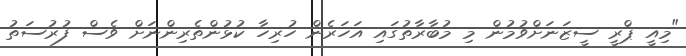
"މިއީ ޕްރީ ސީޒަނަށްވުމުން މި މުބާރާތުގައި އަހަރެން ހުރިހާ ކުޅުންތެރިންނަށް ވެސް ފުރުސަތު